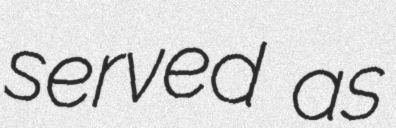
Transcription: served as